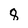
Character: 8